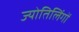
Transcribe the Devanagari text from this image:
ज्योतिलिंगों